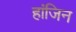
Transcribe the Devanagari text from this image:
हांजिन